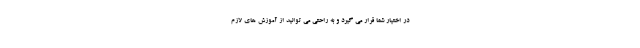
در اختیار شما قرار می گیرد و به راحتی می توانید از آموزش های لازم